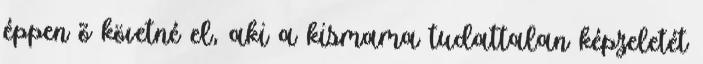
éppen õ követné el, aki a kismama tudattalan képzeletét